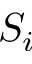
S _ { i }